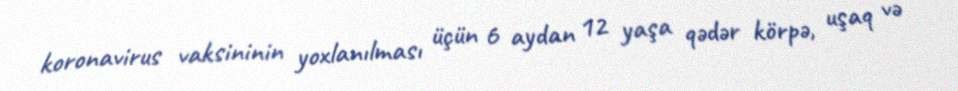
koronavirus vaksininin yoxlanılması üçün 6 aydan 12 yaşa qədər körpə, uşaq və